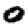
Digit: 0